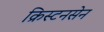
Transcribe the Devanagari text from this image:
क्रिस्टनसेन